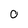
Character: 0